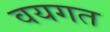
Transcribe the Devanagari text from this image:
वयगत